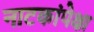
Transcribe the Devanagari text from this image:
नाटकांपेक्षा